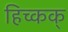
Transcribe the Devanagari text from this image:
हिच्कक्